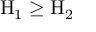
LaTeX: \mathrm { H } _ { 1 } \geq \mathrm { H } _ { 2 }